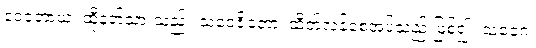
ဒေဝတာယ၊ ထိုနတ်သားသည်။ သံဝေဇိတော၊ ထိတ်လန့်စေအပ်သည် ဖြစ်၍။ သံဝေဂံ၊